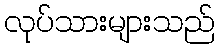
လုပ်သားများသည်